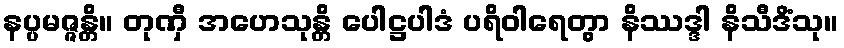
နပ္ပမဇ္ဇန္တိ။ တုဏှီ အဟေသုန္တိ ပေါဋ္ဌပါဒံ ပရိဝါရေတွာ နိဿဒ္ဒါ နိသီဒိံသု။